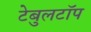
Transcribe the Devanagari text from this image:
टेबुलटॉप